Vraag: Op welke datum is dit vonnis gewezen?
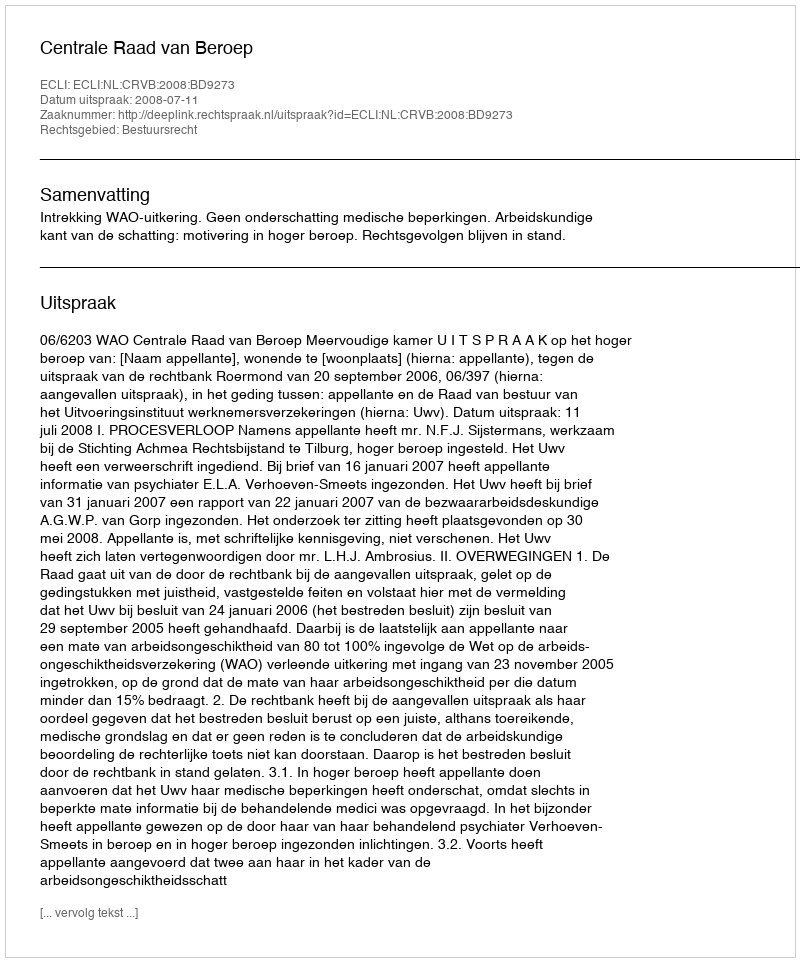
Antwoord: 2008-07-11